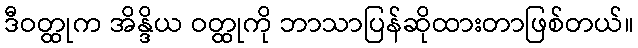
ဒီဝတ္ထုက အိန္ဒိယ ဝတ္ထုကို ဘာသာပြန်ဆိုထားတာဖြစ်တယ်။